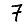
Digit: 7